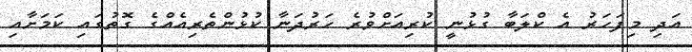
އަދި މިފަހަރު އެ ކްލަބާ ގުޅުނީ ކުރިއަށްވުރެ ހަރުދަނާ ކުޅުންތެރިއެއްގެ ގޮތުގައި ކަމަށާއި